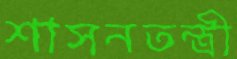
শাসনতন্ত্রী